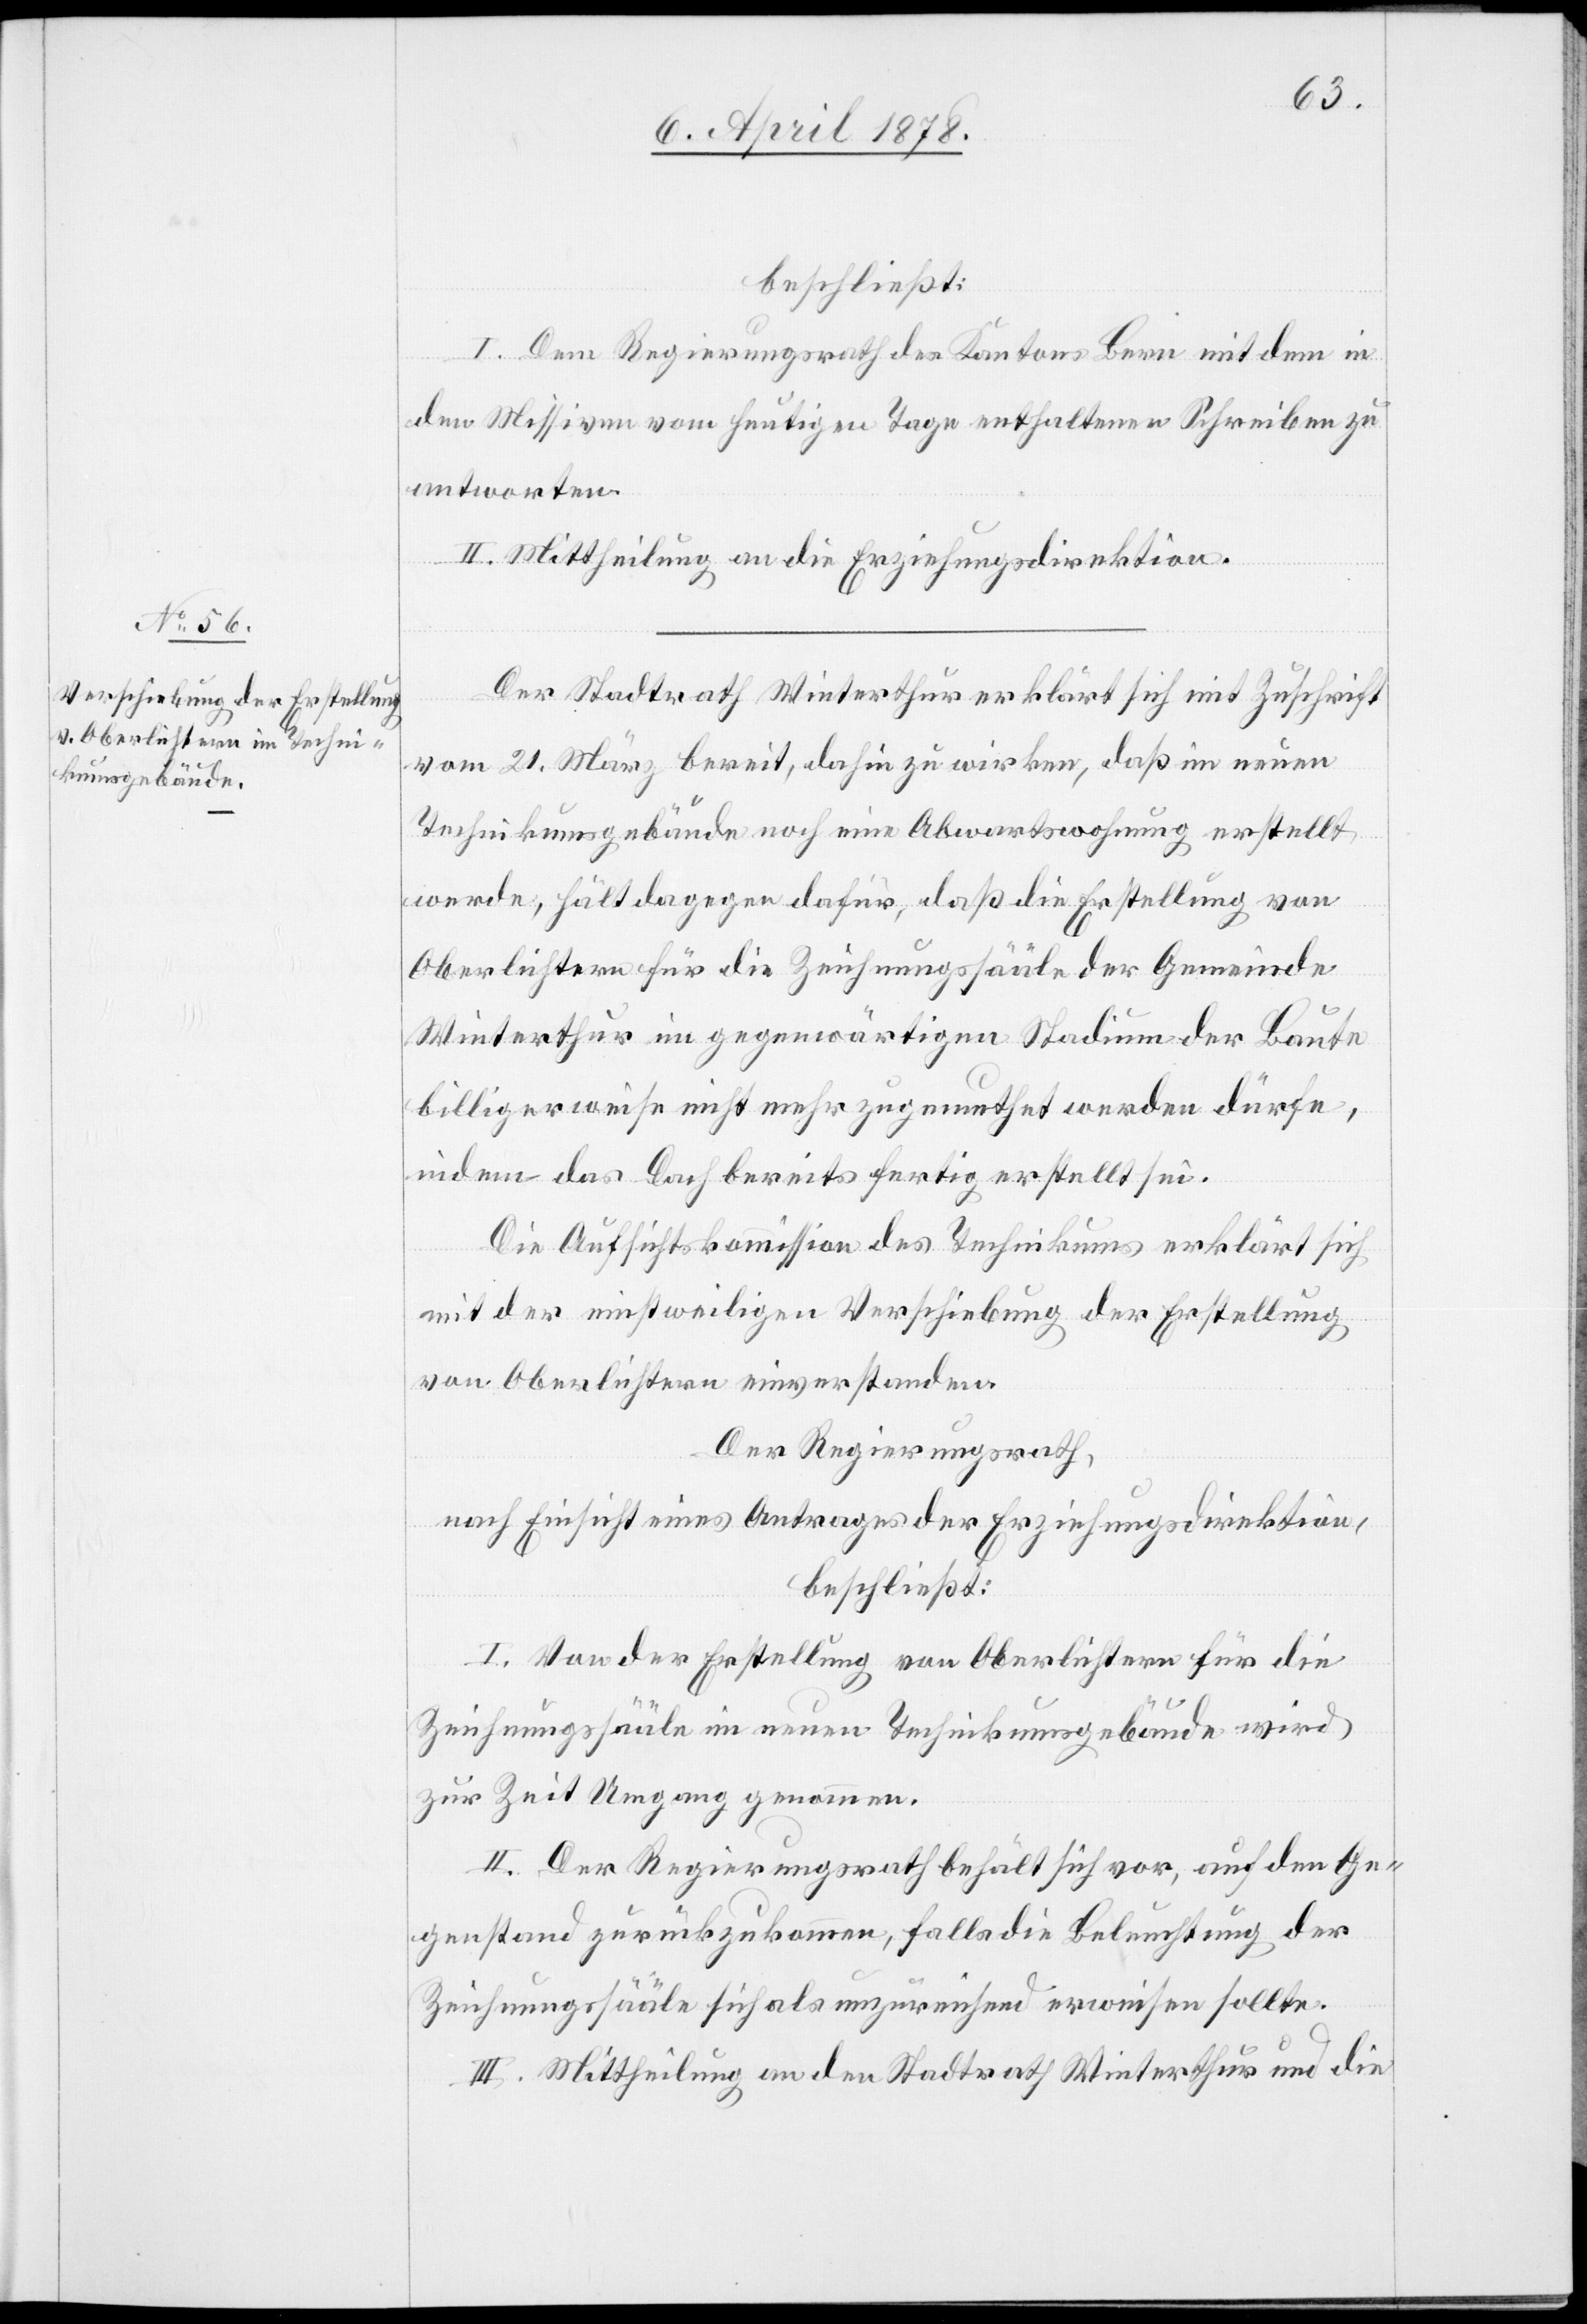
beschließt:
I. Dem Regierungsrath des Kantons Bern mit dem in
den Missiven vom heutigen Tage enthaltenen Schreiben zu
antworten.
ages,
II. Mittheilung an die Erziehungsdirektion.
Der Stadtrath Winterthur erklärt sich mit Zuschrift
vom 21. März bereit, dahin zu wirken, daß im neuen
Technikumsgebäude noch eine Abwartswohnung erstellt
werde, hält dagegen dafür, daß die Erstellung von
Oberlichtern für die Zeichnungssääle der Gemeinde
Winterthur im gegenwärtigen Studium der Baute
billigerweise nicht mehr zugemuthet werden dürfe,
indem das Dach bereits fertig erstellt sei.
Die Aufsichtskommission des Technikums erklärt sich
mit der einstweiligen Verschiebung der Erstellung
von Oberliechtern einverstanden.
Der Regierungsrath,
beschließt:
I. Von der Erstellung von Oberlichtern für die
Zeichnungssääle im neuen Technikumsgebäude wird
zur Zeit Umgang genommen.
II. Der Regierungsrath behält sich vor, auf den Ge¬
genstand zurückzukommen, falls die Beleuchtung der
Zeichnungssääle sich als unzureichend erweisen sollte.
III. Mittheilung an den Stadtrath Winterthur und die